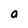
Character: a